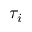
\tau _ { i }